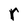
Character: r